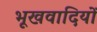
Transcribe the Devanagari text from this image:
भूखवादियों